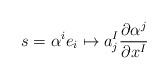
LaTeX: \begin{align*} s = \alpha^ie_i \mapsto a_j^I \frac{\partial \alpha^j}{\partial x^I} \end{align*}